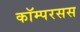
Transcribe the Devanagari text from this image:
कॉम्परसस